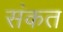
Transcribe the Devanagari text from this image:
संकत